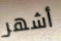
أشهر